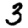
Digit: 3